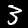
Digit: 3